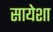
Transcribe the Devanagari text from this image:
सायेशा